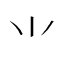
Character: ⺌